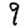
Digit: 9